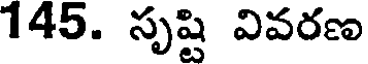
145. సృష్టి వివరణ